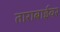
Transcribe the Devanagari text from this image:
ताराबाईवर